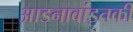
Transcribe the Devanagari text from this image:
आडनावांइतकी